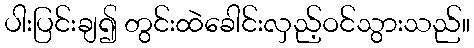
ပါးပြင်းချ၍ တွင်းထဲခေါင်းလှည့်ဝင်သွားသည်။